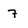
Character: 7